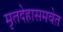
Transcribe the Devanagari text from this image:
मृतदेहासमवेत